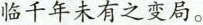
临千年未有之变局。